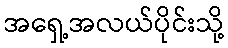
အရှေ့အလယ်ပိုင်းသို့